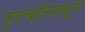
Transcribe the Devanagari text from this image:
फुटबॉलमधून